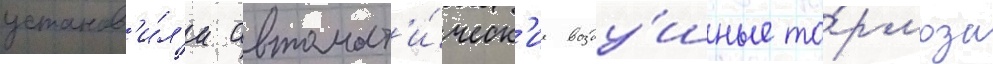
установ'и́л'и автомат'и́ческ'ие возду́шные то́рмоза